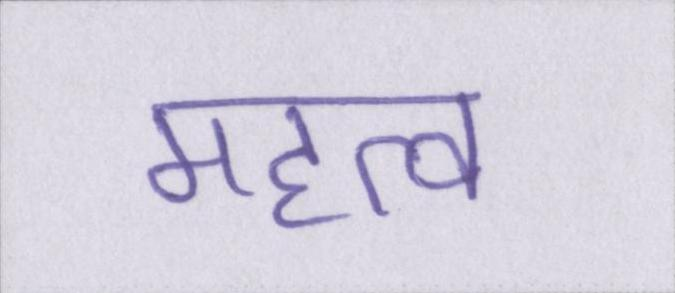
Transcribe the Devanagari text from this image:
महत्व